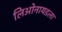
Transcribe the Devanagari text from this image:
लिओनायडला